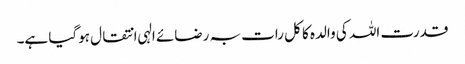
قدرت اللہ کی والدہ کا کل رات بہ رضائے الہی انتقال ہوگیا ہے۔